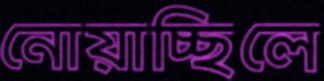
নোয়াচ্ছিলে